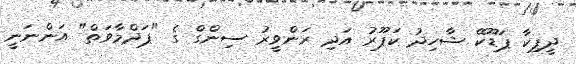
ދީޕިކާ ޕަޑޫކޭ ޝާހިދު ކަޕޫރު އަދި ރަންވީރު ސިންގް ގެ "ޕަދްމާވަތް" އަންނަނީ